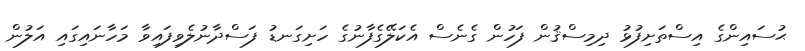
ޙުސައިންގެ އިސްތަށިފުޅު ދިމިސްޤުން ފަހުން ގެނެސް އެކަލޭގެފާނުގެ ހަށިގަނޑު ފަސްދާނުލެވިފައިވާ މަހާނައިގައި އަލުން